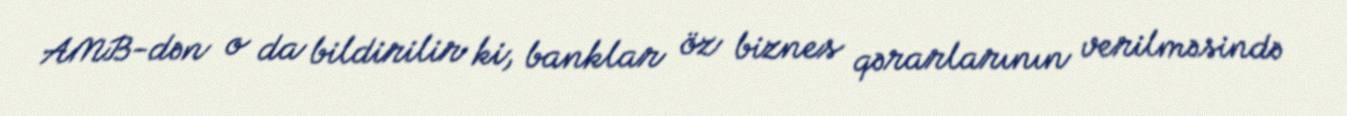
AMB-dən o da bildirilir ki, banklar öz biznes qərarlarının verilməsində